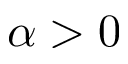
\alpha > 0